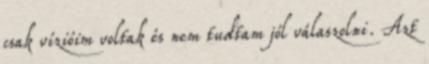
csak vízióim voltak és nem tudtam jól válaszolni. Azt